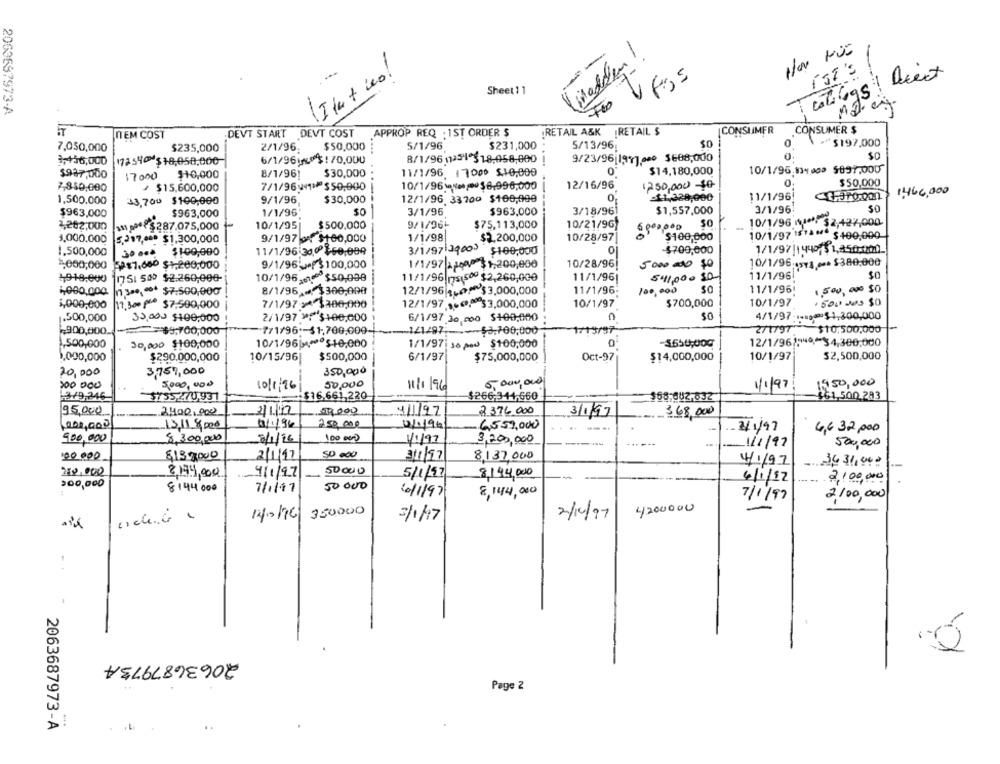
==
(Medlem !
IST'S
Sheet11
1
2063697973-A
RETAIL $
CONSUMER
CONSUMER $
ITEM COST
DEVT START DEVT COST
APPROP REQ : 1ST ORDER $
RETAIL A&K
$50,000
5/1/96
$231,000
5/13/96
~$197,000
7,050,000
$235,000
2/1/96
3,456,000
172540 518,058,000-
6/1/96 203:70.000
8/1/96 1251 3 18,058,000
9/23/96|191].000 $608,000
10/1/96.834 000 $897,000
$927,000
17000 $10,000
8/1/961
$30,000
11/1/96. 17000 $10,000
0
$14,180,000
0
$50,000
7,840,000
/ $15,600,000
7/1/96 11 $50,000
10/1/961040@$8,996,000
12/16/96
1250,000 $0
1460,000
9/1/96
$30,000
12/1/96 33700 $100,000
0
:11,328,000
11/1/96
1,500.000
33,700 $100,000
$963,000
$963,000
1/1/96
3/1/96
$963,000
3/18/961
$1,557,000
3/1/96:
50
2,282,000
$287.075,000
10/1/95
$500.000
9/1/96-
$75,113,000
10/21/96
10/1/96 ."): $2,427,000
3,000,000
1/1/98
$2.200,000
10/28/97
00
$100.000
10/1/97 15 ** ** $400,000
5.317 ,*** $1,300,000
9/1/97 0 $160,000
1,500,000
30 .4* $100,000
11/1/96:30,0$60,009
3/1/97 29000
$100,000
-$700,000
1/1/97|1440 5 1,85:0:1200.
2.000,000 32$7,600 $1,200,000
9/1/96 13100,000
1/1/97 - 2000 $1,200,000
10/28/96|
5000 000 $0
10/1/96 5+1 = $380.000
11/1/96
4918,000
1751 500 $2.260,000-
10/1/96.$50,099
11/1/96|75,500 $2,260,000
11/1/96|
541,000 50
8/1/96 $300,000
12/1/96 140: $3,000,000
11/1/96:
100,000
89.99
11/1/961
1.500,000 $0
1,000,000
13 ... . $7.500,000
i,000,000
17,300 Pre $7,500,000
7/1/97:> $300,000
12/1/97 16₾₾ 53,000,000
10/1/97
$700,000
10/1/97
· 500 000 $0
.500,000
30,000 $100,000
2/1/97 >: $+00,000
6/1/97 30,000 $100.000
n
$0
4/1/97:1-100*51,300,000
1713/97
2/1797 $10,500,000
900,000.
$9,700,000
771/96 :- 31,700,009-
-121/97-
-$8.700,000
1,500,000
30,000 $100,000
10/1/96|4ºº$10,000
1/1/97 1000 $100,000
0
$650,00g
12/1/96/549 ,- 34,300,000
1,000,000
$290.000,000
10/15/96|
$500,000
6/1/97
$75,000,000
Oct-97
$14,000,000
10/1/97
$2,500,000
20,000
3,750,000
350,000
5,000,000
300 000
5,000,000
10/1/96
50,000
11/1/96
1/1/97
1950,000
-3/9,246
3755,270,931
: $16.661,220
$266.341.660
$68-602,032
$61,500.283
95,000
2,400,000
2/1/12
59.000
41/9.7
2376.000
3/1/97
368,000
13,11 8,000
10/1/96
250,000
0/196/
6,559,000
--..
-
-2/1/97
4,632,000
900,000
8.300,000
100 000
11/97
3,200,000
1/1/97
500,000
100 000
$137000
2/1/17
50 000
311/97
8,137,000
4/1/97
3,631,942
250,000
8,194,000
4/1/97
50000
8,144,000
5/1/97
4/1/12
.. ..
2,100,000
300,000
8144 000
7/1/17
50000
10/1/97
8,144,000
7/1/97
2100,000
14/2/96 350000
4200000
14/0196
3/1/17
2/19/97
2063687973A
Page 2
2063687973-A